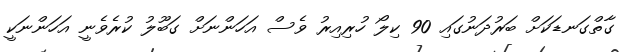
ގާތްގަނޑަކަށް ބަރުދަނުގައި 90 ކިލޯ ހުރިއިރު ވެސް އަހަންނަށް ގަބޫލު ކުރެވެނީ އަހަންނަކީ